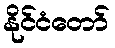
နိုင်ငံတော်